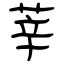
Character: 莘